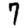
Digit: 7